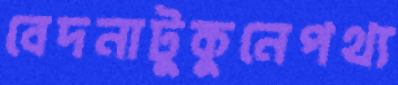
বেদনাটুকুনেপথ্য